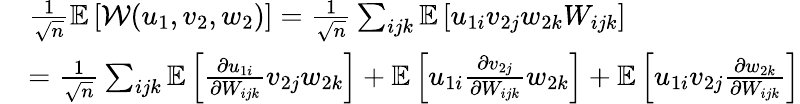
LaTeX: \begin{array}{rl}&{\frac{1}{\sqrt n}\mathbb{E}\left[{\mathcal{W}}(u_{1},v_{2},w_{2})\right]=\frac{1}{\sqrt n}\sum_{ijk}\mathbb{E}\left[u_{1i}v_{2j}w_{2k}W_{ijk}\right]}\\ &{=\frac{1}{\sqrt n}\sum_{ijk}\mathbb{E}\left[\frac{\partial u_{1i}}{\partial W_{ijk}}v_{2j}w_{2k}\right]+\mathbb{E}\left[u_{1i}\frac{\partial v_{2j}}{\partial W_{ijk}}w_{2k}\right]+\mathbb{E}\left[u_{1i}v_{2j}\frac{\partial w_{2k}}{\partial W_{ijk}}\right]}\end{array}